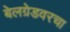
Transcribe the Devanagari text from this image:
बेलग्रेडवरचा